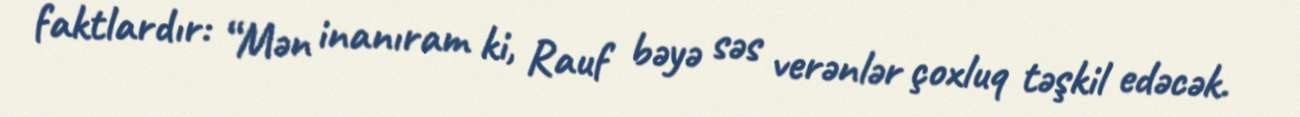
faktlardır: “Mən inanıram ki, Rauf bəyə səs verənlər çoxluq təşkil edəcək.